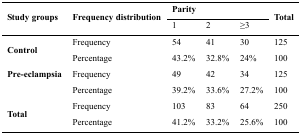
<table><thead><tr><td rowspan="3"><b>Study groups</b></td><td rowspan="3"><b>Frequency distribution</b></td><td colspan="3"><b>Parity</b></td><td rowspan="3"><b>Total</b></td></tr><tr><td><b>1</b></td><td><b>2</b></td><td><b>≥3</b></td></tr></thead><tbody><tr><td rowspan="2"><b>Control</b></td><td>Frequency</td><td>54</td><td>41</td><td>30</td><td>125</td></tr><tr><td>Percentage</td><td>43.2%</td><td>32.8%</td><td>24%</td><td>100</td></tr><tr><td><b>Pre-eclampsia</b></td><td>Frequency</td><td>49</td><td>42</td><td>34</td><td>125</td></tr><tr><td></td><td>Percentage</td><td>39.2%</td><td>33.6%</td><td>27.2%</td><td>100</td></tr><tr><td rowspan="3"><b>Total</b></td><td>Frequency</td><td>103</td><td>83</td><td>64</td><td>250</td></tr><tr><td>Percentage</td><td>41.2%</td><td>33.2%</td><td>25.6%</td><td>100</td></tr></tbody></table>